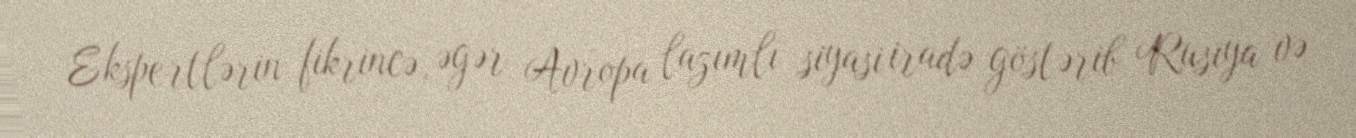
Ekspertlərin fikrincə, əgər Avropa lazımlı siyasi iradə göstərib Rusiya və